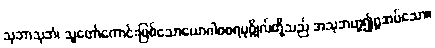
သုဘာသုဘံ၊ သူတော်ကောင်းဖြစ်သောယောဂါဝစရပုဂ္ဂိုလ်တို့သည် အသုဘဟူ၍ရှုအပ်သော။